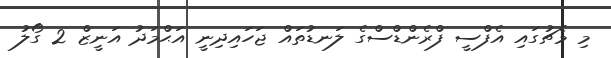
މި މެޗުގައި އެފްސީ ފްރެންޑްސްގެ ލަނޑުތައް ޖަހައިދިނީ އަޙްމަދު އަނީޒް 2 ގޯލު